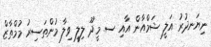
ނިޔަނދުރު އަލީ ޝަމްއާން އާއި ސ. މީދޫ ލިލީ ވިލާ މުންތަސިރު މުމްތާޒް